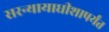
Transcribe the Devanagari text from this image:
सरन्यायाधीशापर्यंत